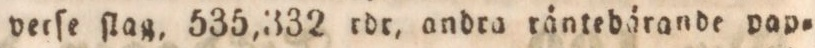
verſe ſlag, 535,332 rdr, andra räntebärande pap=